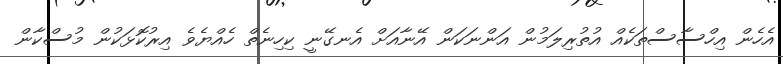
އެހެން އިހްސާސްތަކެއް އުތުރިލަމުން އަންނަކަން އޭނާއަށް އެނގޭނީ ކިހިނެތް ހެއްޔެވެ އިރުކޮޅަކުން މުސްކާން